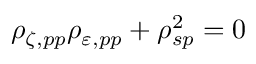
\rho _ { \zeta , p p } \rho _ { \varepsilon , p p } + \rho _ { s p } ^ { 2 } = 0